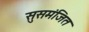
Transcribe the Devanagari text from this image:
सुसमंजित